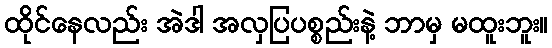
ထိုင်နေလည်း အဲဒါ အလှပြပစ္စည်းနဲ့ ဘာမှ မထူးဘူး။